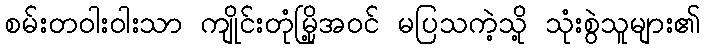
စမ်းတဝါးဝါးသာ ကျိုင်းတုံမြို့အဝင် မပြသကဲ့သို့ သုံးစွဲသူများ၏